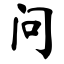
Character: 问